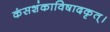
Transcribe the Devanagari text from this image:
कंसशंकाविषादकृत्‌।